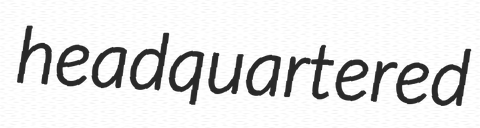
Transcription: headquartered